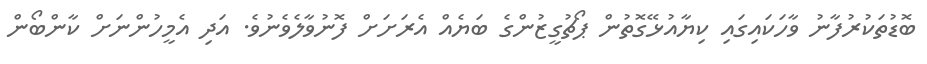
ބޮޑުތަކުރުފާނު ވާހަކައިގައި ކިޔާއުޅޭގޮތުން ޕޯޗުގީޒުންގެ ބަޔެއް އެރަށަށް ފޮނުވާލެވެނުވެ. އަދި އެމީހުންނަށް ކާންބޯން